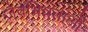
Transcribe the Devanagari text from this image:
जैवभिन्नताओं